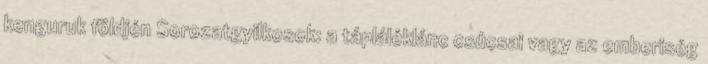
kenguruk földjén Sorozatgyilkosok: a tápláléklánc csúcsai vagy az emberiség